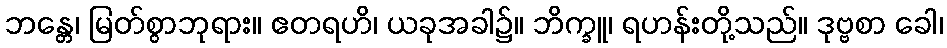
ဘန္တေ၊ မြတ်စွာဘုရား။ ဧတရဟိ၊ ယခုအခါ၌။ ဘိက္ခူ၊ ရဟန်းတို့သည်။ ဒုဗ္ဗစာ ခေါ၊